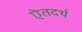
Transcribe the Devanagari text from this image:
ऐतदर्थ